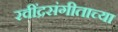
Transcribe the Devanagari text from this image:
रवींद्रसंगीताच्या